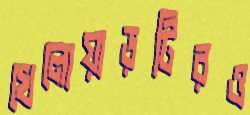
খেলোয়াড়টিরও